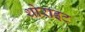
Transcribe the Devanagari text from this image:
थोराइट